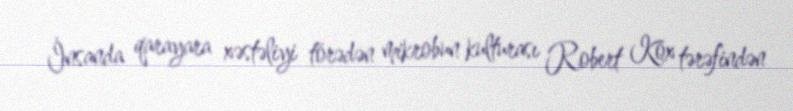
İnsanda qarayara xəstəliyi törədən mikrobun kulturası Robert Kox tərəfindən